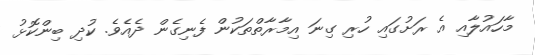
މާހައުލާއި އެ ރަށުގައި ހުރި ގިނަ އިމާރާތްތަކުން ފެނިގެން ދެއެވެ. ކުދި ބިންކޮޅު